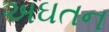
અઘતન